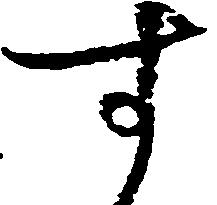
す